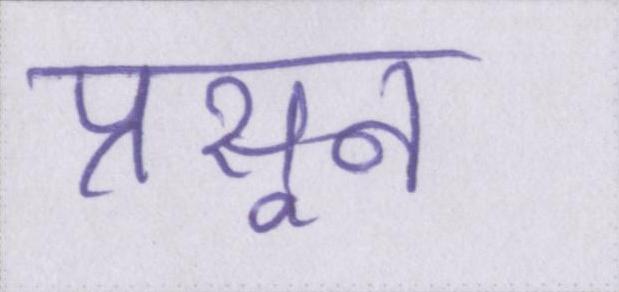
प्रसून